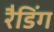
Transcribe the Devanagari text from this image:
रैडिंग